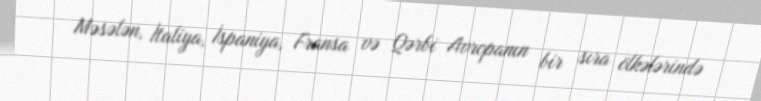
Məsələn, İtaliya, İspaniya, Fransa və Qərbi Avropanın bir sıra ölkələrində